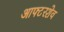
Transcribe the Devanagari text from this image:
आफ्टरशेव